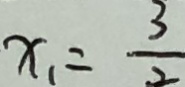
x _ { 1 } = \frac { 3 } { 2 }